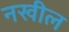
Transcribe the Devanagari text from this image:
नखील